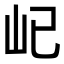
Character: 𡴾